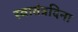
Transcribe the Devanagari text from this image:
स्वातंत्रदिना